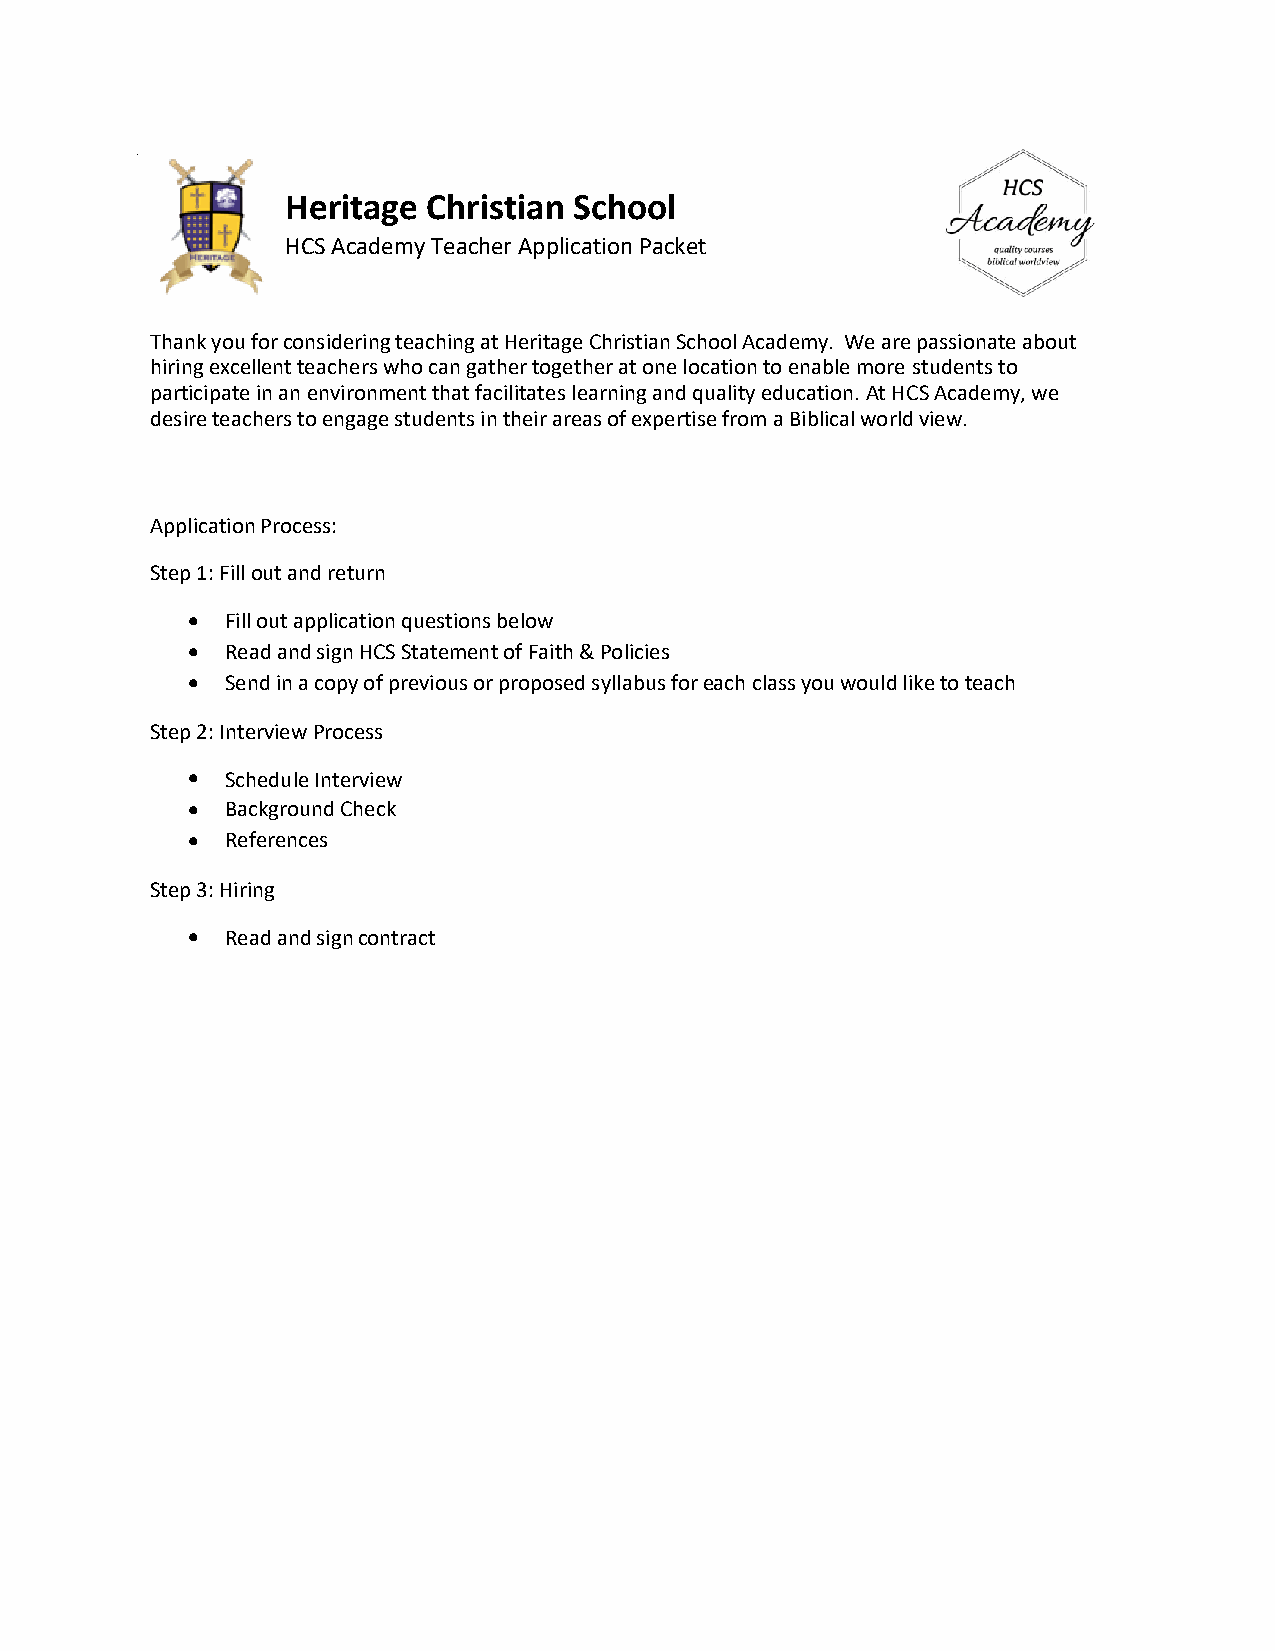
tot
 Heritage Christian School
 HCS Academy Teacher Application Packet
 Thank you for considering teaching at Heritage Christian School Academy. We are passionate about
 hiring excellent teachers who can gather together at one location to enable more students to
 participate in an environment that facilitates learning and quality education. At HCS Academy, we
 desire teachers to engage students in their areas of expertise from a Biblical world view.
 Application Process:
 Step 1: Fill out and return
 tprincipal@hcssd.org
 toa•a pplFicilal toiuotn a pplication questions below
 •  Read and sign HCS Statement of Faith & Policies
 •  Send in a copy of previous or proposed syllabus for each class you would like to teach
 Step 2: Interview Process
 •  Schedule Interview
 •  Background Check
 •  References
 Step 3: Hiring
 •  Read and sign contract